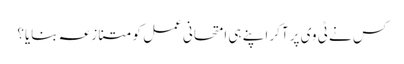
کس نے ٹی وی پر آکر اپنے ہی امتحانی عمل کو متنازعہ بنایا؟